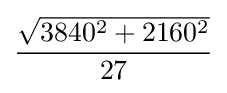
{\frac {\sqrt {3840^{2}+2160^{2}}}{27}}